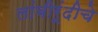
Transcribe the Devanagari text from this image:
लांबीरूंदीचे